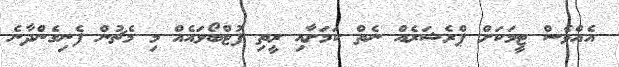
އެއްވެސް ޓީމަކަށް ޕްރެޝަރެއް ނެތް ކަމަށާއި ރީތި ފުޓްބޯޅައެއް މި މެޗުން ފެނިގެންދާނެ